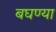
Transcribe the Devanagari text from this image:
बघण्या